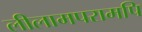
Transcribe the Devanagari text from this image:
लीलामपरामपि